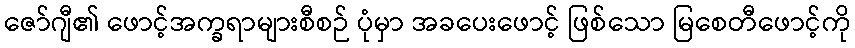
ဇော်ဂျီ၏ ဖောင့်အက္ခရာများစီစဉ် ပုံမှာ အခပေးဖောင့် ဖြစ်သော မြစေတီဖောင့်ကို